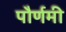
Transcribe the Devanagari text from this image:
पौर्णमी